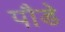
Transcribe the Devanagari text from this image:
पौडे